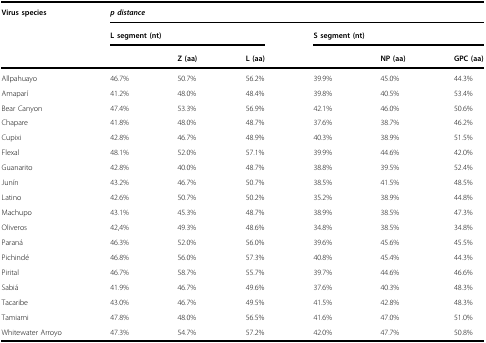
<table><thead><tr><td rowspan="3"><b>Virus species</b></td><td colspan="6"><b><i>p distance</i></b></td></tr><tr><td colspan="3"><b>L segment (nt)</b></td><td colspan="3"><b>S segment (nt)</b></td></tr><tr><td></td><td><b>Z (aa)</b></td><td><b>L (aa)</b></td><td></td><td><b>NP (aa)</b></td><td><b>GPC (aa)</b></td></tr></thead><tbody><tr><td>Allpahuayo</td><td>46.7%</td><td>50.7%</td><td>56.2%</td><td>39.9%</td><td>45.0%</td><td>44.3%</td></tr><tr><td>Amaparí</td><td>41.2%</td><td>48.0%</td><td>48.4%</td><td>39.8%</td><td>40.5%</td><td>53.4%</td></tr><tr><td>Bear Canyon</td><td>47.4%</td><td>53.3%</td><td>56.9%</td><td>42.1%</td><td>46.0%</td><td>50.6%</td></tr><tr><td>Chapare</td><td>41.8%</td><td>48.0%</td><td>48.7%</td><td>37.6%</td><td>38.7%</td><td>46.2%</td></tr><tr><td>Cupixi</td><td>42.8%</td><td>46.7%</td><td>48.9%</td><td>40.3%</td><td>38.9%</td><td>51.5%</td></tr><tr><td>Flexal</td><td>48.1%</td><td>52.0%</td><td>57.1%</td><td>39.9%</td><td>44.6%</td><td>42.0%</td></tr><tr><td>Guanarito</td><td>42.8%</td><td>40.0%</td><td>48.7%</td><td>38.8%</td><td>39.5%</td><td>52.4%</td></tr><tr><td>Junín</td><td>43.2%</td><td>46.7%</td><td>50.7%</td><td>38.5%</td><td>41.5%</td><td>48.5%</td></tr><tr><td>Latino</td><td>42.6%</td><td>50.7%</td><td>50.2%</td><td>35.2%</td><td>38.9%</td><td>44.8%</td></tr><tr><td>Machupo</td><td>43.1%</td><td>45.3%</td><td>48.7%</td><td>38.9%</td><td>38.5%</td><td>47.3%</td></tr><tr><td>Oliveros</td><td>42,4%</td><td>49.3%</td><td>48.6%</td><td>34.8%</td><td>38.5%</td><td>34.8%</td></tr><tr><td>Paraná</td><td>46.3%</td><td>52.0%</td><td>56.0%</td><td>39.6%</td><td>45.6%</td><td>45.5%</td></tr><tr><td>Pichindé</td><td>46.8%</td><td>56.0%</td><td>57.3%</td><td>40.8%</td><td>45.4%</td><td>44.3%</td></tr><tr><td>Pirital</td><td>46.7%</td><td>58.7%</td><td>55.7%</td><td>39.7%</td><td>44.6%</td><td>46.6%</td></tr><tr><td>Sabiá</td><td>41.9%</td><td>46.7%</td><td>49.6%</td><td>37.6%</td><td>40.3%</td><td>48.3%</td></tr><tr><td>Tacaribe</td><td>43.0%</td><td>46.7%</td><td>49.5%</td><td>41.5%</td><td>42.8%</td><td>48.3%</td></tr><tr><td>Tamiami</td><td>47.8%</td><td>48.0%</td><td>56.5%</td><td>41.6%</td><td>47.0%</td><td>51.0%</td></tr><tr><td>Whitewater Arroyo</td><td>47.3%</td><td>54.7%</td><td>57.2%</td><td>42.0%</td><td>47.7%</td><td>50.8%</td></tr></tbody></table>